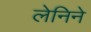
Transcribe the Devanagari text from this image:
लेनिने